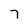
Character: 7